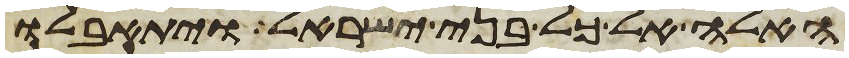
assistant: האלה אל כל בני ישראל ויתאבלו